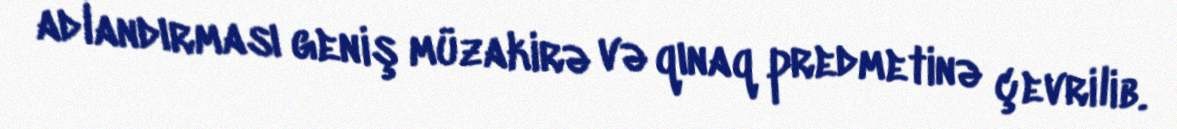
adlandırması geniş müzakirə və qınaq predmetinə çevrilib.